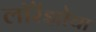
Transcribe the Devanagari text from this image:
लॉरेंझोचा